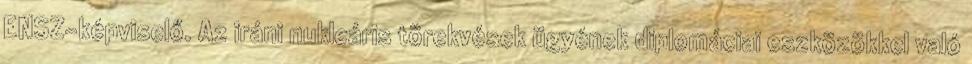
ENSZ-képviselő. Az iráni nukleáris törekvések ügyének diplomáciai eszközökkel való